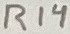
Text: R14